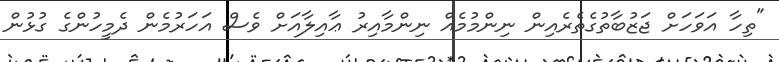
"ތިހާ އަވަހަށް ޖަޒުބާތުގެތެރެއިން ނިންމުމެއް ނިންމާއިރު ޢާއިލާއަށް ވެސް އަހަރުމެން ދެމީހުންގެ ގުޅުން